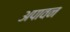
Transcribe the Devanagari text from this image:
अपावन